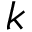
k